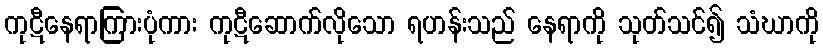
ကုဋီနေရာကြားပုံကား ကုဋီဆောက်လိုသော ရဟန်းသည် နေရာကို သုတ်သင်၍ သံဃာကို